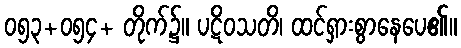
၀၅၃+၀၅၄+ တိုက်၌။ ပဋိဝသတိ၊ ထင်ရှားစွာနေပေ၏။